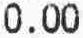
0.00